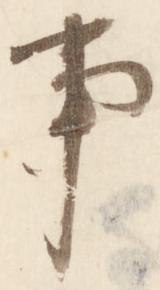
事